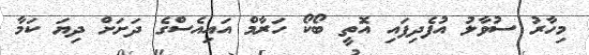
މިހާރު ސުވާލު އުފެދިފައި އޮތީ ބޯކޯ ހަރާމް އައިއެސްގެ ދަށަށް ދިޔަ ކަމާ